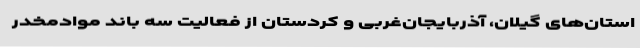
استان‌های گیلان، آذربایجان‌غربی و کردستان از فعالیت سه باند موادمخدر